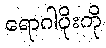
ရောဂါပိုးကို